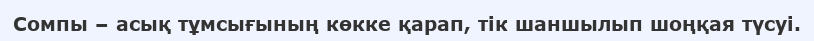
Сомпы – асық тұмсығының көкке қарап, тік шаншылып шоңқая түсуі.